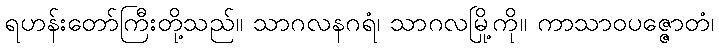
ရဟန်းတော်ကြီးတို့သည်။ သာဂလနဂရံ၊ သာဂလမြို့ကို။ ကာသာဝပဇ္ဇောတံ၊